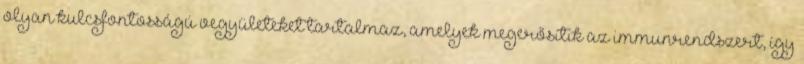
olyan kulcsfontosságú vegyületeket tartalmaz, amelyek megerősítik az immunrendszert, így